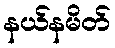
နယ်နမိတ်